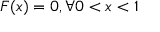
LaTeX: F ( x ) = 0 , \forall 0 < x < 1